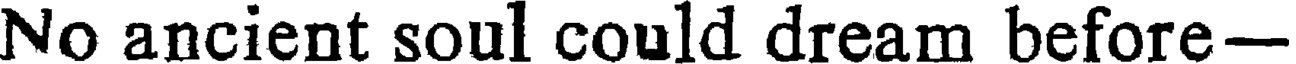
No ancient soul could dream before-